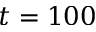
t = 1 0 0